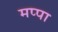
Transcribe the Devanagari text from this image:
मप्पा